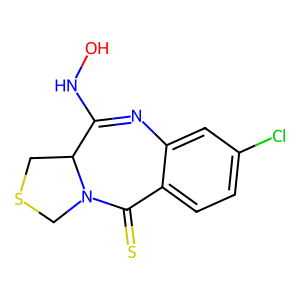
SMILES: ONC1=Nc2cc(Cl)ccc2C(=S)N2CSCC12
Inhibits HIV replication: No